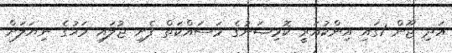
އަދި ޖޫން 1ގައި އިންކުއަރީ ކޮމިޝަނުގެ މަސައްކަތް ފެށި ޖުލައި މަހުގެ ނިޔަލަށް